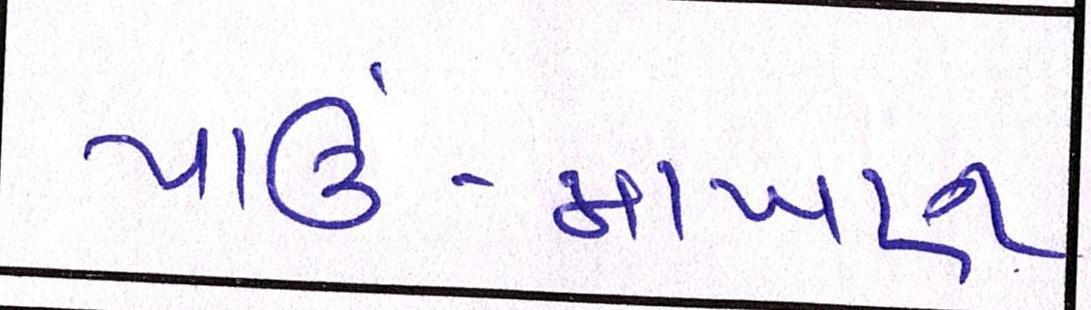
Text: પાઉં-માખણ